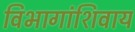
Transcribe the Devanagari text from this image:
विभागांशिवाय